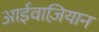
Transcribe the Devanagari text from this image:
आईवाज़ियान